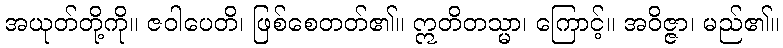
အယုတ်တို့ကို။ ဇဝါပေတိ၊ ဖြစ်စေတတ်၏။ ဣတိတသ္မာ၊ ကြောင့်။ အဝိဇ္ဇာ၊ မည်၏။